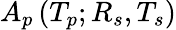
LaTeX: A_{p}\left(T_{p};R_{s},T_{s}\right)